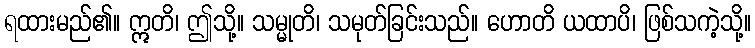
ရထားမည်၏။ ဣတိ၊ ဤသို့။ သမ္မုတိ၊ သမုတ်ခြင်းသည်။ ဟောတိ ယထာပိ၊ ဖြစ်သကဲ့သို့။